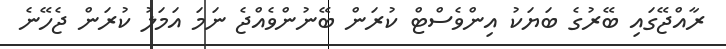
ރާއްޖޭގައި ބޭރުގެ ބަޔަކު އިންވެސްޓް ކުރަން ބޭނުންވެއްޖެ ނަމަ އަމަލު ކުރަން ޖެހޭނެ